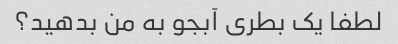
لطفا یک بطری آبجو به من بدهید؟